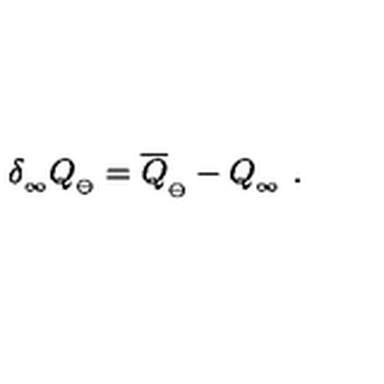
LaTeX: \delta _ { _ \infty } Q _ { _ { \ominus } } = \overline { Q } _ { _ { \ominus } } - Q _ { _ \infty } \ .